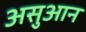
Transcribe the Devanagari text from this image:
असुआन